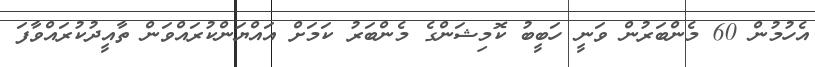
އެހުމުން 60 މެންބަރުން ވަނީ ހަބީބު ކޮމިޝަންގެ މެންބަރު ކަމަށް އައްޔަންކުރައްވަން ތާއީދުކުރައްވާފަ